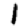
Digit: 1